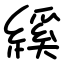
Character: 縘